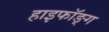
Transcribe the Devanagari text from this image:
हाइफॉङ्ग